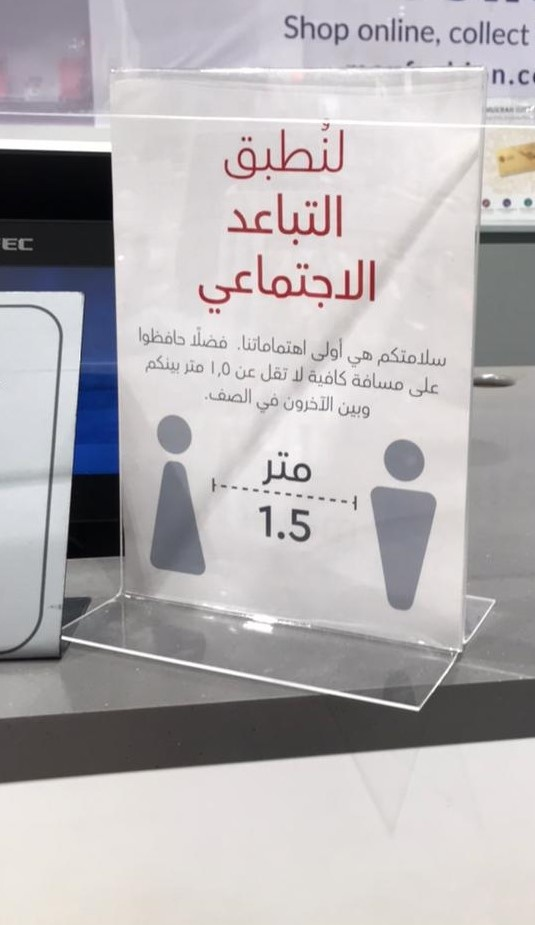
Text in image: لنطيق التباعد الاجتماعي حافظوا فضلا اهتماماتنا اولى هي سلامتكم بينكم متر 1.5 عن تقل لا كافية مسافة على الصف في الآخرون وبين متر Shop online collect n.c 1.5